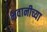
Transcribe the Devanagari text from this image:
भवानीच्या